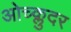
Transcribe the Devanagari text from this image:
ओच्क्लुदर